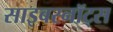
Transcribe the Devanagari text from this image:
साइबरनॉट्स